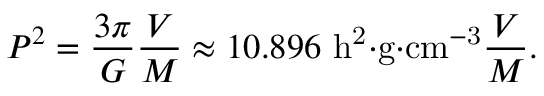
P ^ { 2 } = { \frac { 3 \pi } { G } } { \frac { V } { M } } \approx 1 0 . 8 9 6 \ \mathrm { h ^ { 2 } { \cdot } g { \cdot } c m ^ { - 3 } } { \frac { V } { M } } .